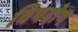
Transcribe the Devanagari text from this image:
विषदोष